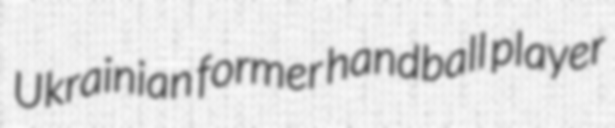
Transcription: Ukrainian former handball player